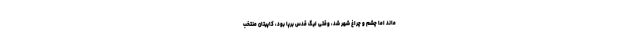
ماند اما چشم و چراغ شهر شد، وقتی لیگ قدس برپا بود، کاپیتان منتخب